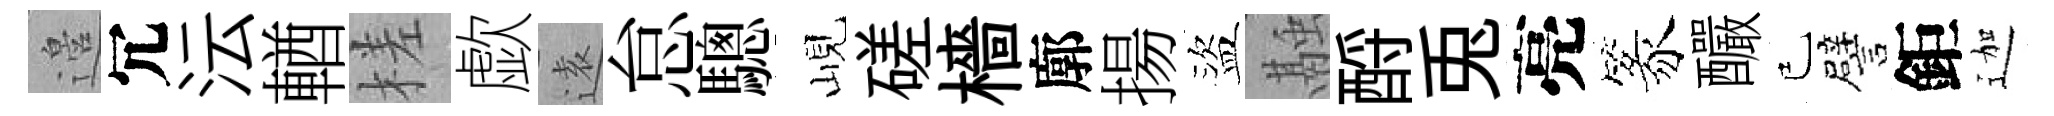
邉冗沄輶槎歔逺怠驄峴磋檣廓揚盜融酹兎亮篆釅已譬鉅迦